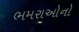
ભમરાઓનો